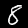
Digit: 8